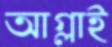
আগ্‌লাই